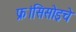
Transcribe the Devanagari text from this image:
फ्रांसिसोइचे